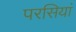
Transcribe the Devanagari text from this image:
परसियां